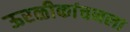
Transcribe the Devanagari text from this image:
ऊरळीकांचनला